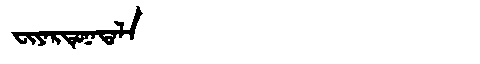
Manchu: ᠸᡳᠶᠠᡵᡨᡠᠨᠠᡨᠠᠯᠠ
Romanization: FIYARTUNATALA